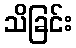
သိခြင်း